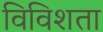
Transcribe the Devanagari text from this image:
विविशता